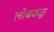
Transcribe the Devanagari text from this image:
लोंबकळू